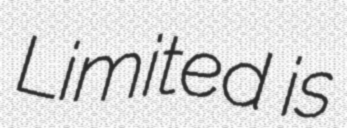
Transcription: Limited is